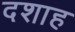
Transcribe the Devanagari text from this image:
दशाह